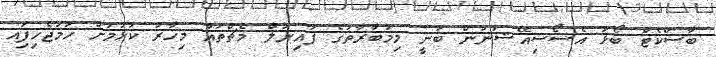
ބާސްކެޓް ބޯޅަ އެސޯސިއޭޝަނުން ބުނީ މިމުބާރާތުގެ ފައިނަލް މެޗްތައް މިހާރު ކުޅުމަށް ހަމަޖެހިފަިއ